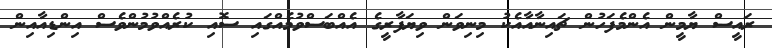
ރައީސް ޔާމީން އެންމެފަހުން ޗައިނާއާއެކު މިނިވަން ވިޔަފާރީގެ އެއްބަސްވުމެއްގައި ސޮއި ކުރެއްވުމުންވެސް އިންޑިއާއިން